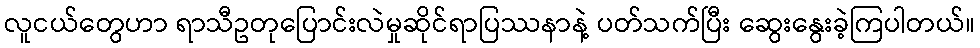
လူငယ်တွေဟာ ရာသီဥတုပြောင်းလဲမှုဆိုင်ရာပြဿနာနဲ့ ပတ်သက်ပြီး ဆွေးနွေးခဲ့ကြပါတယ်။